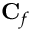
\mathbf { C } _ { f }